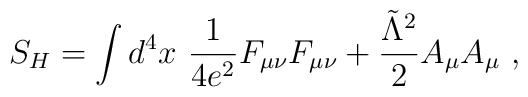
S_H=\int d^4x \ {1\over 4e^2} F_{\mu \nu }F_{\mu \nu } + {\tilde\Lambda ^2\over 2} A_{\mu }A_{\mu } \ ,